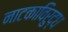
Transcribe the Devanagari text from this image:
नाटकाविरुद्ध